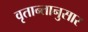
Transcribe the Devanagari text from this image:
वृतान्तानुसार